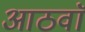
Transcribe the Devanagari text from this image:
आठवाॅ